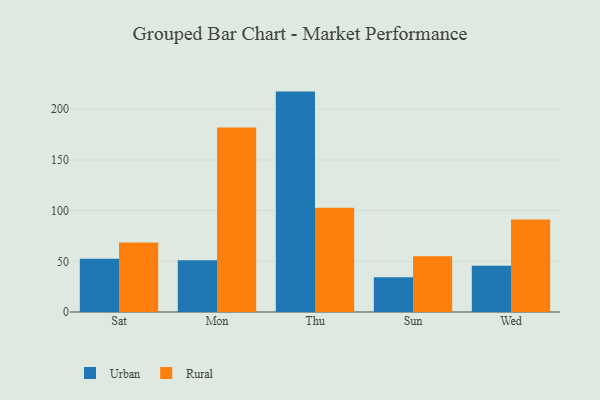
{"axis": {"x": "Day", "y": "Tickets Resolved"}, "legend": ["Rural", "Urban"], "data": [{"x": "Sat", "y": 52.6, "type": "Urban"}, {"x": "Sat", "y": 68.5, "type": "Rural"}, {"x": "Mon", "y": 51.1, "type": "Urban"}, {"x": "Mon", "y": 182.1, "type": "Rural"}, {"x": "Thu", "y": 217.4, "type": "Urban"}, {"x": "Thu", "y": 102.9, "type": "Rural"}, {"x": "Sun", "y": 34.3, "type": "Urban"}, {"x": "Sun", "y": 55.1, "type": "Rural"}, {"x": "Wed", "y": 45.6, "type": "Urban"}, {"x": "Wed", "y": 91.2, "type": "Rural"}]}